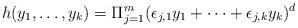
LaTeX: \begin{align*} h(y_1,\ldots, y_k)= \Pi_{j=1}^m (\epsilon_{j,1}y_1+\cdots +\epsilon_{j,k}y_k)^d \end{align*}